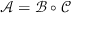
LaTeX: { \mathcal { A } } = { \mathcal { B } } \circ { \mathcal { C } }